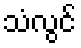
သံလွင်